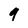
Character: 9